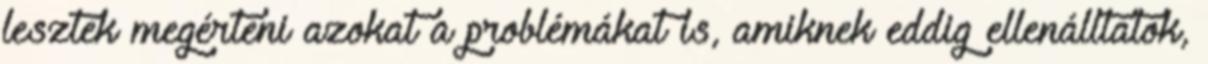
lesztek megérteni azokat a problémákat is, amiknek eddig ellenálltatok,